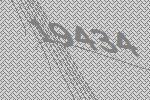
19434